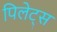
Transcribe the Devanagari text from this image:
पिलेट्स